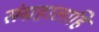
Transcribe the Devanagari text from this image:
संग्रहालाहि